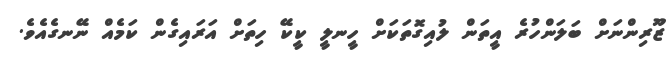
ޒޫރިންނަށް ބަލަންހުރެ އީތަން ލުއިގޮތަކަށް ހީނލީ ކީކޭ ހިތަށް އަރައިގެން ކަމެއް ނޭނގެއެވެ.